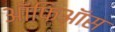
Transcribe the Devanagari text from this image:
ऑफिऑस